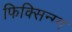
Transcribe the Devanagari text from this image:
फिक्सिन्ग्ग